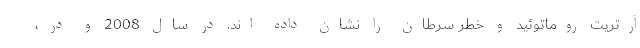
آرتریت روماتوئید و خطر سرطان را نشان داده اند. در سال 2008 و در ،